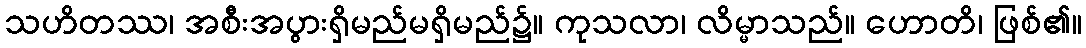
သဟိတဿ၊ အစီးအပွားရှိမည်မရှိမည်၌။ ကုသလာ၊ လိမ္မာသည်။ ဟောတိ၊ ဖြစ်၏။